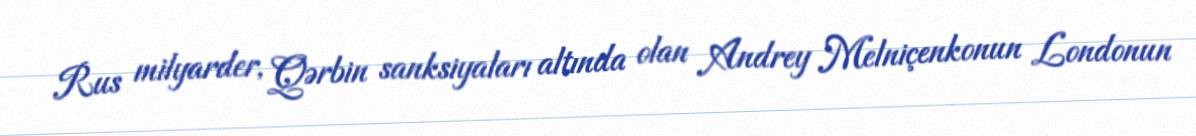
Rus milyarder, Qərbin sanksiyaları altında olan Andrey Melniçenkonun Londonun